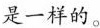
是一样的。